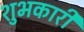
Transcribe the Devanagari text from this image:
शुभकारी